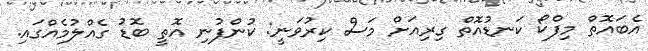
އެބައޮތް މިފްކޯ ކަނޑުއޮތް ގިރިއަށް މަސް ކިރުވަނީ: ކުންފުނި އޮތީ ބޮޑު ގެއްލުމެއްގައި.